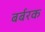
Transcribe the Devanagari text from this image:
बर्बरक